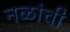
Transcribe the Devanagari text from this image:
नळांची